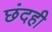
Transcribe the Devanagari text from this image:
छंदही